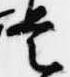
是